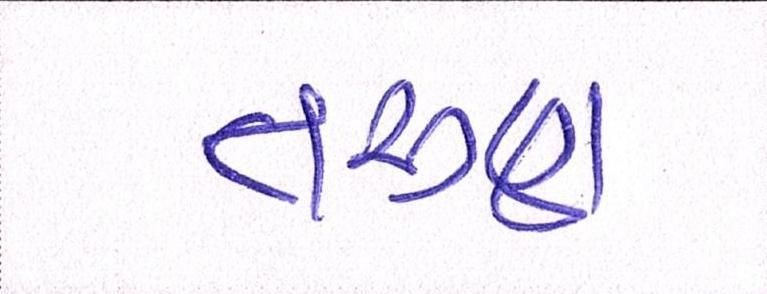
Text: તરુણ